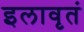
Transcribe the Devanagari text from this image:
इलावृतं